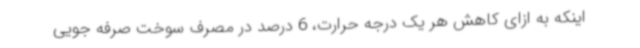
اینکه به ازای کاهش هر یک درجه حرارت، 6 درصد در مصرف سوخت صرفه جویی